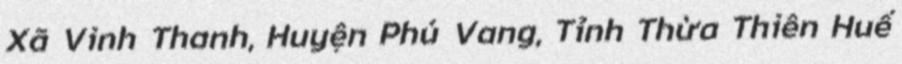
Xã Vinh Thanh, Huyện Phú Vang, Tỉnh Thừa Thiên Huế